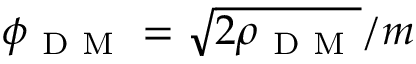
\phi _ { \mathrm { ~ D ~ M ~ } } = \sqrt { 2 \rho _ { \mathrm { ~ D ~ M ~ } } } / m